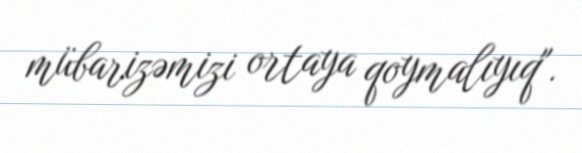
mübarizəmizi ortaya qoymalıyıq".